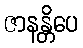
ဇာနန္တိပေ